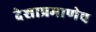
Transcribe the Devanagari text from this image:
देशाप्रमाणेच